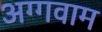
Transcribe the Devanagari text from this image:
अग्गवाम